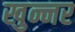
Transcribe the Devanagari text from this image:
खुन्नर